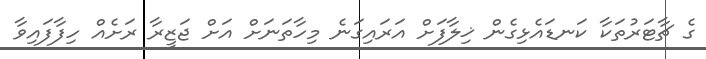
ގެ ޗާޓަރުތަކާ ކަނޑައެޅިގެން ޚިލާފަށް އަރައިގަނެ މިހާތަނަށް އަށް ޖަޒީރާ ރަށެއް ހިފާފައިވާ